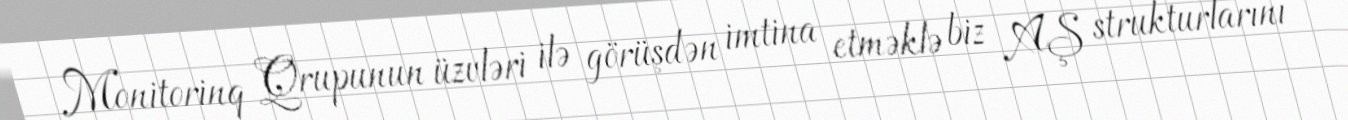
Monitorinq Qrupunun üzvləri ilə görüşdən imtina etməklə biz AŞ strukturlarını